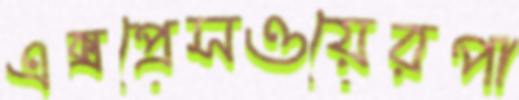
এক্সপ্রেসওয়েরপা